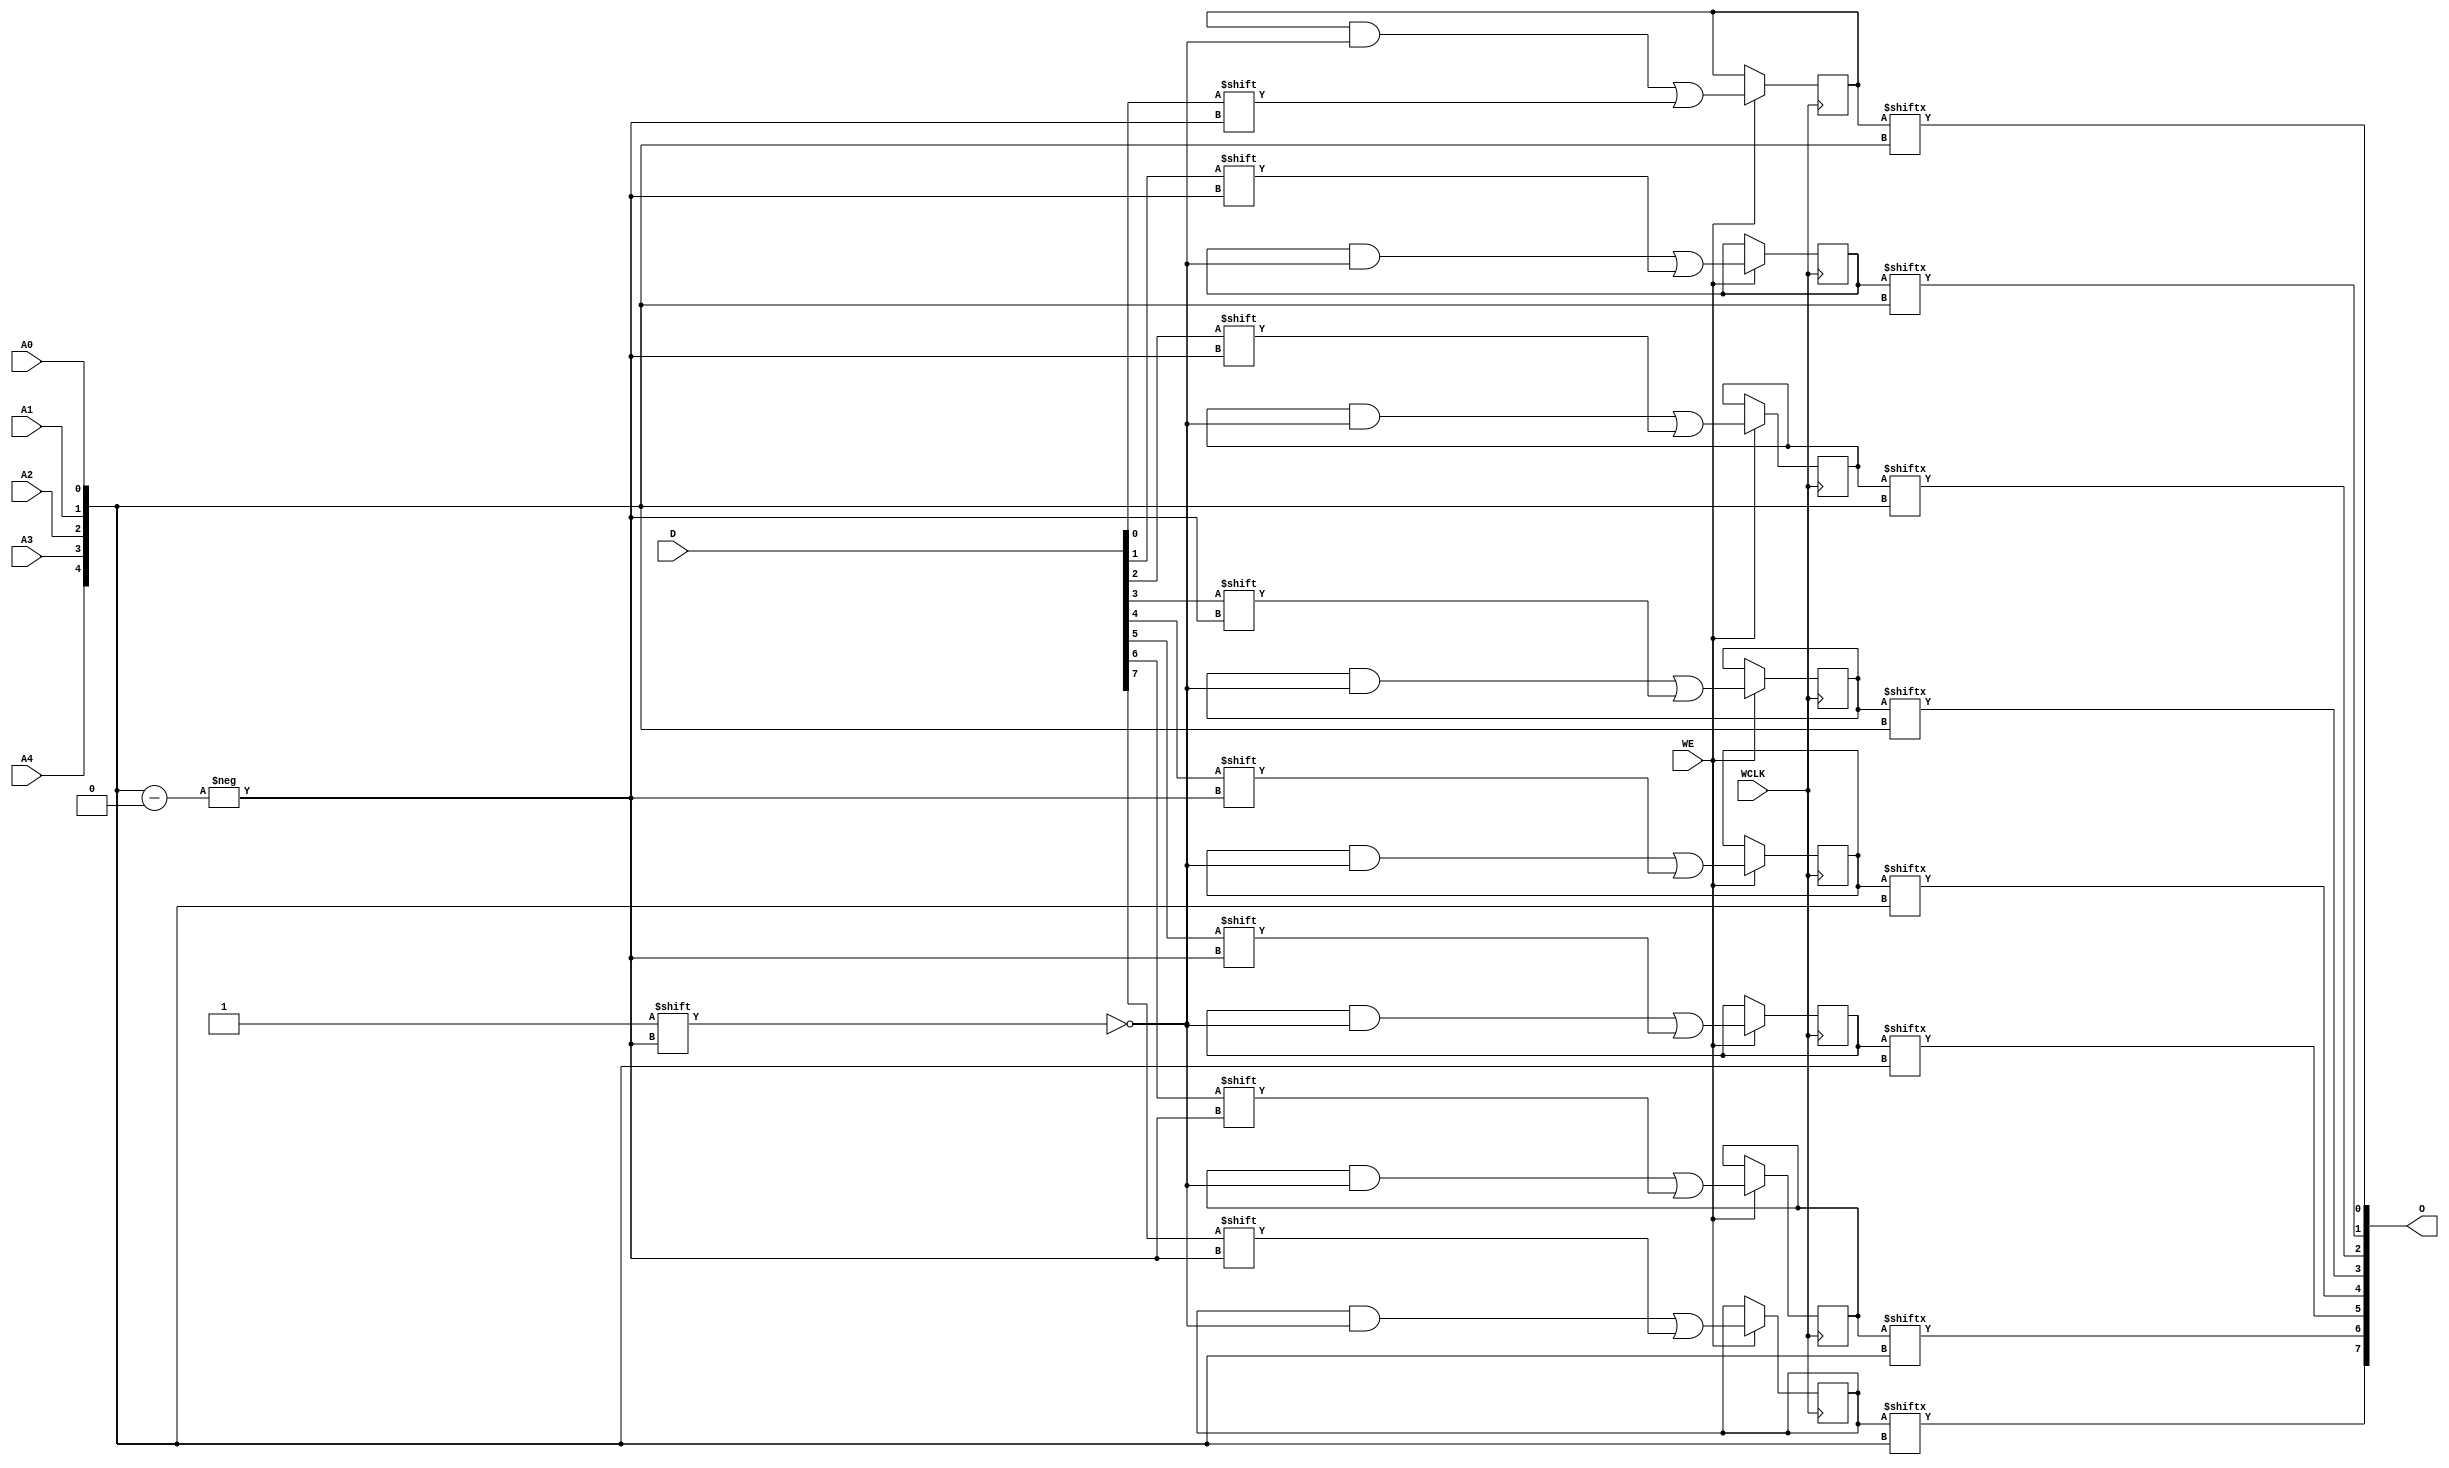
module RAM32X8S (
  output [7:0] O,
  input A0, A1, A2, A3, A4,
  input [7:0] D,
  (* clkbuf_sink *)
  (* invertible_pin = "IS_WCLK_INVERTED" *)
  input WCLK,
  input WE
);
  parameter [31:0] INIT_00 = 32'h00000000;
  parameter [31:0] INIT_01 = 32'h00000000;
  parameter [31:0] INIT_02 = 32'h00000000;
  parameter [31:0] INIT_03 = 32'h00000000;
  parameter [31:0] INIT_04 = 32'h00000000;
  parameter [31:0] INIT_05 = 32'h00000000;
  parameter [31:0] INIT_06 = 32'h00000000;
  parameter [31:0] INIT_07 = 32'h00000000;
  parameter [0:0] IS_WCLK_INVERTED = 1'b0;
  wire [4:0] a = {A4, A3, A2, A1, A0};
  wire clk = WCLK ^ IS_WCLK_INVERTED;
  reg [31:0] mem0 = INIT_00;
  reg [31:0] mem1 = INIT_01;
  reg [31:0] mem2 = INIT_02;
  reg [31:0] mem3 = INIT_03;
  reg [31:0] mem4 = INIT_04;
  reg [31:0] mem5 = INIT_05;
  reg [31:0] mem6 = INIT_06;
  reg [31:0] mem7 = INIT_07;
  assign O[0] = mem0[a];
  assign O[1] = mem1[a];
  assign O[2] = mem2[a];
  assign O[3] = mem3[a];
  assign O[4] = mem4[a];
  assign O[5] = mem5[a];
  assign O[6] = mem6[a];
  assign O[7] = mem7[a];
  always @(posedge clk)
    if (WE) begin
      mem0[a] <= D[0];
      mem1[a] <= D[1];
      mem2[a] <= D[2];
      mem3[a] <= D[3];
      mem4[a] <= D[4];
      mem5[a] <= D[5];
      mem6[a] <= D[6];
      mem7[a] <= D[7];
    end
endmodule